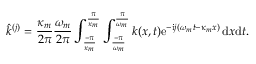
\hat { k } ^ { ( j ) } = \frac { \kappa _ { m } } { 2 \pi } \frac { \omega _ { m } } { 2 \pi } \int _ { \frac { - \pi } { \kappa _ { m } } } ^ { \frac { \pi } { \kappa _ { m } } } \int _ { \frac { - \pi } { \omega _ { m } } } ^ { \frac { \pi } { \omega _ { m } } } k ( x , t ) \mathrm { e } ^ { - \mathrm { i } j ( \omega _ { m } t - \kappa _ { m } x ) } \, \mathrm { d } x \mathrm { d } t .